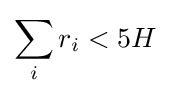
\sum _{i}r_{i}<5H